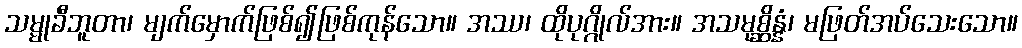
သမ္မုခီဘူတာ၊ မျက်မှောက်ဖြစ်၍ဖြစ်ကုန်သော။ အဿ၊ ထိုပုဂ္ဂိုလ်အား။ အသမုစ္ဆိန္နံ၊ မဖြတ်အပ်သေးသော။